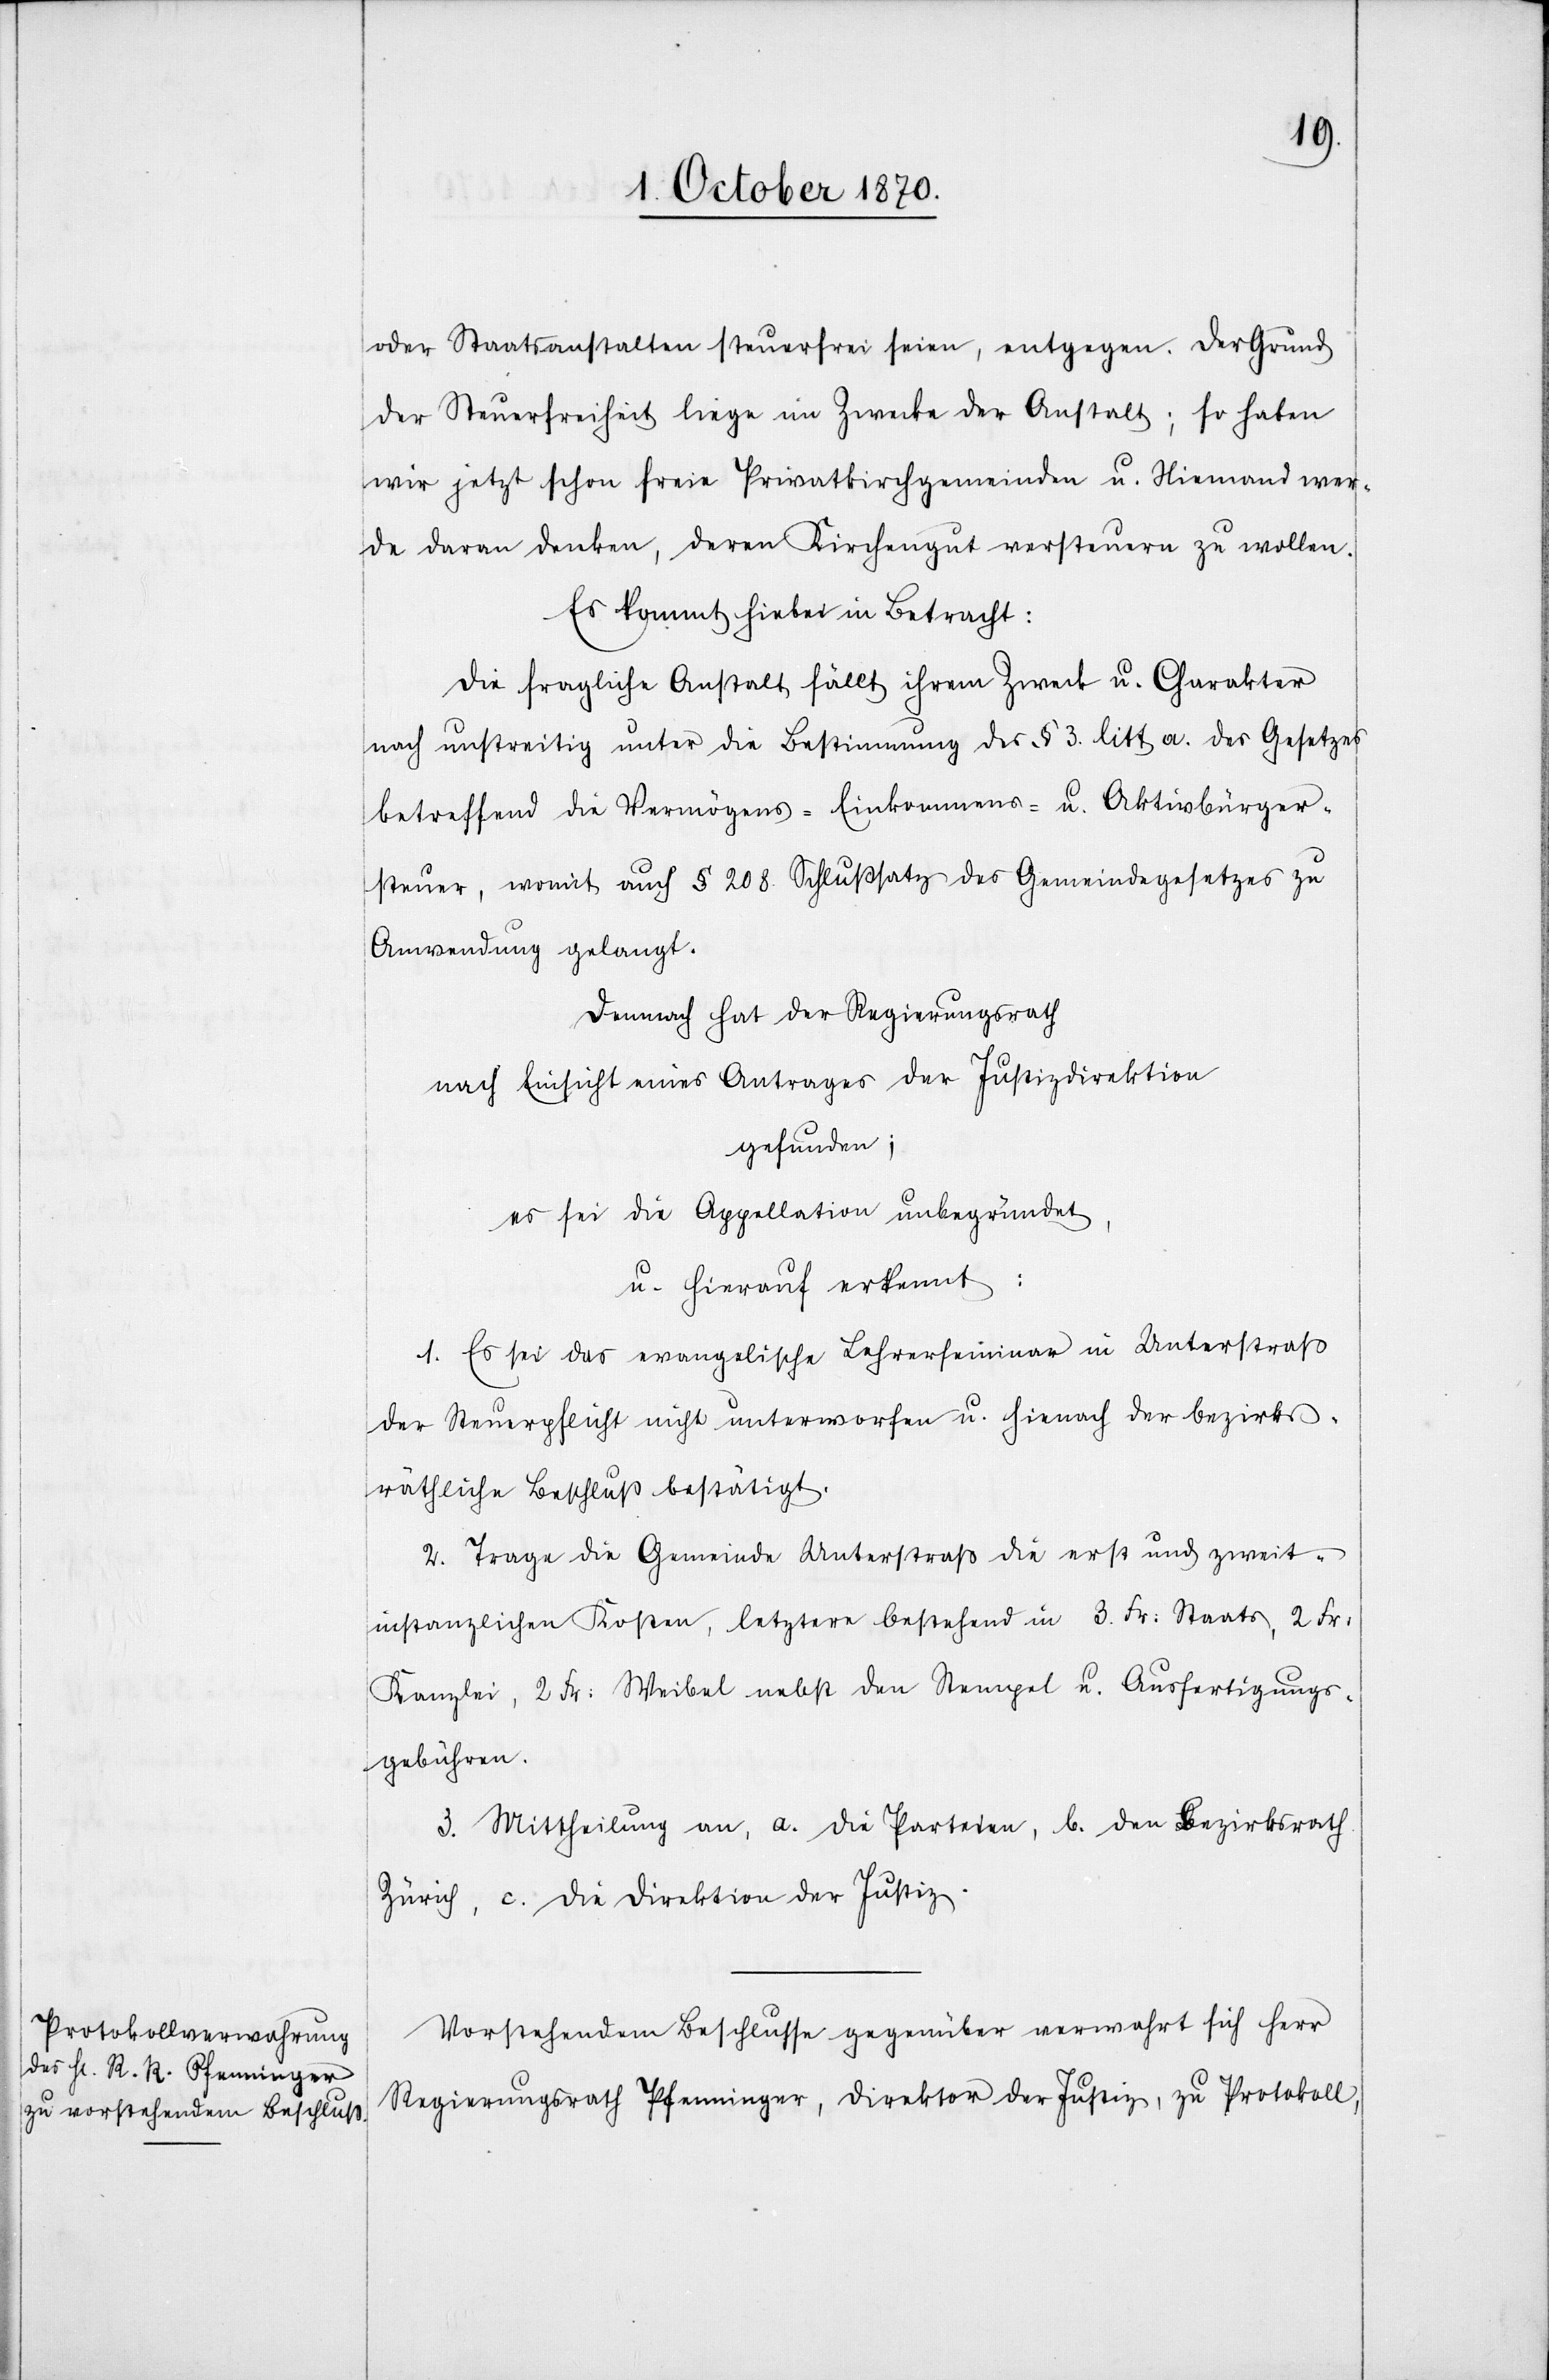
oder Staatsanstalten steuerfrei seien, entgegen. Der Grund
der Steuerfreiheit liege im Zwecke der Anstalt; so haben
wir jetzt schon freie Privatkirchgemeinden u. niemand wer¬
de daran denken, deren Kirchengut versteuern zu wollen.
Es kommt hiebei in Betracht:
Die fragliche Anstallt fällt ihrem Zweck u. Charakter
nach unstreitig unter die Bestimmung des § 3 litt. a des Gesetzes
betreffend die Vermögens-[,] Einkommens- u. Aktivbürger¬
steuer, womit auch § 208. Schlußsatz des Gemeindegesetzes zu
Anwendung gelangt.
Demnach hat der Regierungsrath
nach Einsicht eines Antrages der Justizdirektion
gefunden;
es sei die Appellation unbegründet,
u. hierauf erkennt:
1. Es sei das evangelische Lehrerseminar in Unterstraß
der Steuerpflicht nicht unterworfen u. hierauf der bezirks¬
räthliche Beschluß bestätigt.
2. Trage die Gemeinde Unterstraß die erst und zweit¬
instanzlichen Kosten, letztere bestehend in 3. Fr: Staats, 2 Fr:
Kanzlei, 2 Fr: Weibel nebst den Stempel u. Ausfertigungs¬
gebühren.
3. Mittheilung an, a. die Parteien, b. den Bezirksrath
Zürich, c. die Direktion der Justiz.
Vorstehendem Beschlusse gegenüber verwahrt sich Herr
Regierungsrath Pfenninger, Direktor der Justiz, zu Protokoll,